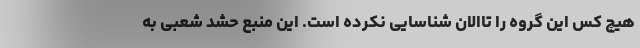
هیچ کس این گروه را تاالان شناسایی نکرده است. این منبع حشد شعبی به